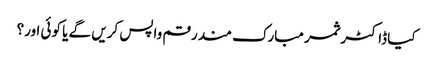
کیا ڈاکٹر ثمر مبارک مند رقم واپس کریں گے یا کوئی اور؟